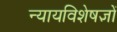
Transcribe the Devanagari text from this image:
न्यायविशेषज्ञों